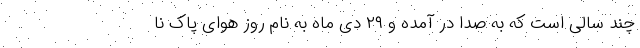
چند سالی است که به صدا در آمده و ۲۹ دی ماه به نام روز هوای پاک نا